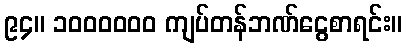
၉၄။ ၁၀၀၀၀၀၀ ကျပ်တန်ဘဏ်ငွေစာရင်း။